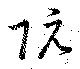
阮